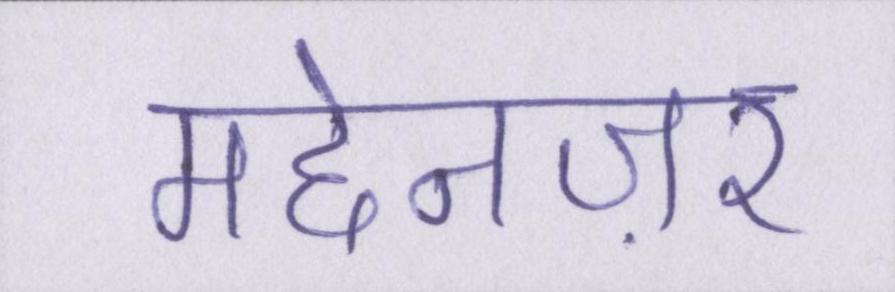
मद्देनज़र